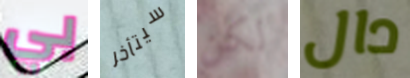
بي سيتأخر لكن دال